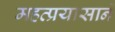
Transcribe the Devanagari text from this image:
महत्प्रयासाने